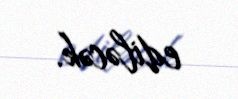
ediləcək.